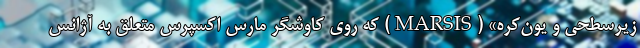
زیرسطحی و یون‌کره» (MARSIS) که روی کاوشگر مارس اکسپرس متعلق به آژانس